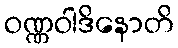
ဝဏ္ဏဝါဒိနောတိ